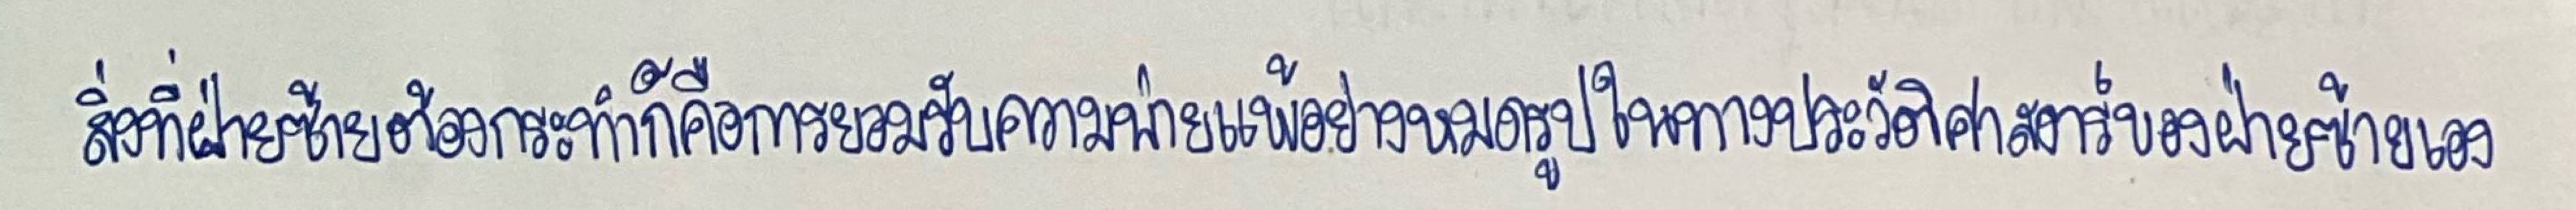
สิ่งที่ฝ่ายซ้ายต้องกระทำก็คือการยอมรับความพ่ายแพ้อย่างหมดรูปในทางประวัติศาสตร์ของฝ่ายซ้ายเอง